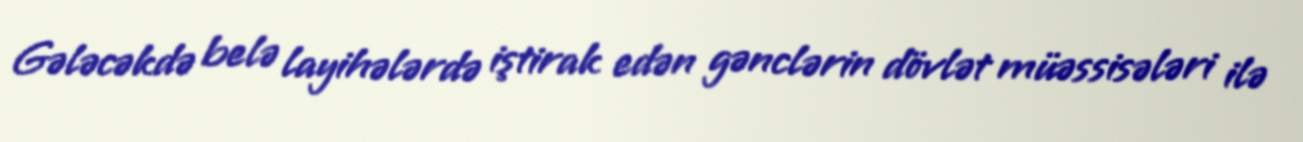
Gələcəkdə belə layihələrdə iştirak edən gənclərin dövlət müəssisələri ilə